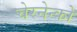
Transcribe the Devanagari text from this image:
चेरनेन्को